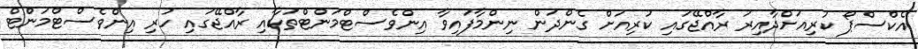
އެކްސްޕޯ ކުރިއަށްދާއިރު ރާއްޖޭގައި ކުރިއަށް ގެންދަން ނިންމާފައިވާ އިންވެސްޓްމަންޓްތަކާއި ރާއްޖޭގައި ހުރި އިންވެސްޓްމަންްޓް